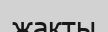
жакты